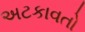
અટકાવતો